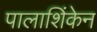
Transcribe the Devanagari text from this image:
पालाशिंकेन